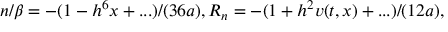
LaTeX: n / \beta = - ( 1 - h ^ { 6 } x + . . . ) / ( 3 6 a ) , R _ { n } = - ( 1 + h ^ { 2 } v ( t , x ) + . . . ) / ( 1 2 a ) ,